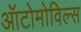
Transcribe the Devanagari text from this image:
ऑटोमोविल्स